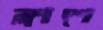
ক্লাশে